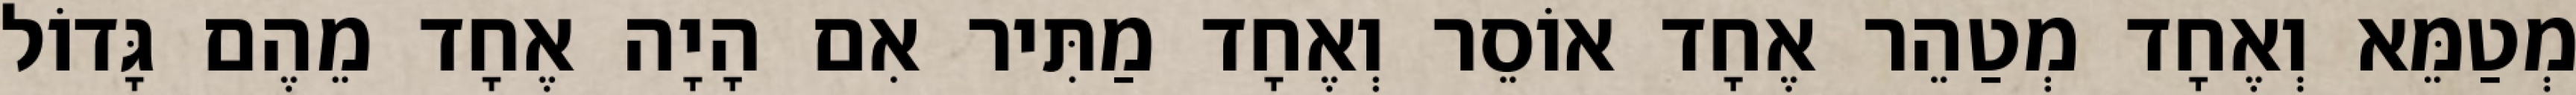
מְטַמֵּא וְאֶחָד מְטַהֵר אֶחָד אוֹסֵר וְאֶחָד מַתִּיר אִם הָיָה אֶחָד מֵהֶם גָּדוֹל